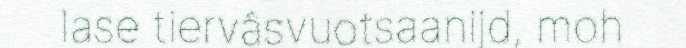
lase tiervâsvuotsaanijd, moh